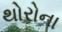
થોરોના